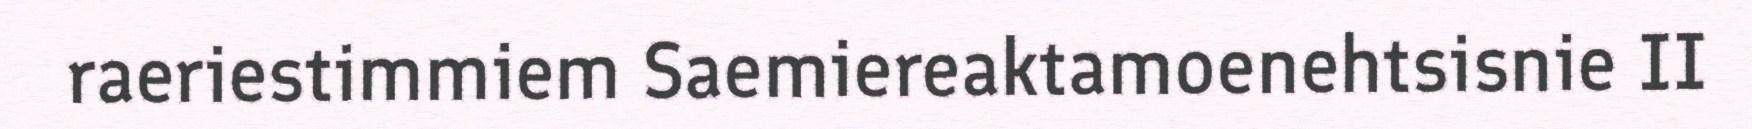
raeriestimmiem Saemiereaktamoenehtsisnie II